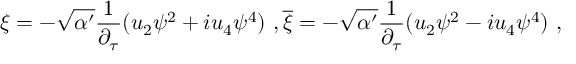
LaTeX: \xi = - \sqrt { \alpha ^ { \prime } } \frac { 1 } { \partial _ { \tau } } ( u _ { 2 } \psi ^ { 2 } + i u _ { 4 } \psi ^ { 4 } ) \ , \overline { { { \xi } } } = - \sqrt { \alpha ^ { \prime } } \frac { 1 } { \partial _ { \tau } } ( u _ { 2 } \psi ^ { 2 } - i u _ { 4 } \psi ^ { 4 } ) \ ,